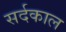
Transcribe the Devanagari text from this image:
सर्दकाल